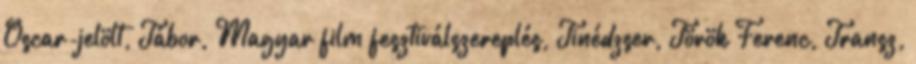
Oscar-jelölt, Tábor, Magyar film fesztiválszereplés, Tinédzser, Török Ferenc, Transz,